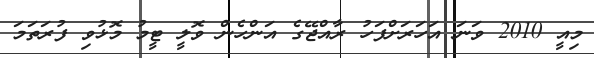
މިއީ 2010 ވަނަ އަހަރަށްފަހު ރާއްޖޭގެ އަންހެން ވޮލީ ޓީމު މޮޅުވި ފުރަތަމަ